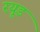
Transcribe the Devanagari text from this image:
रयूड